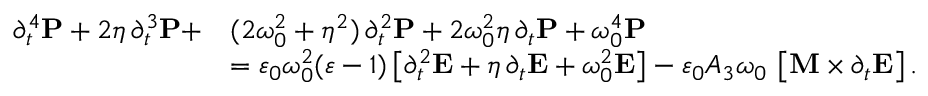
\begin{array} { r l } { \partial _ { t } ^ { 4 } \boldsymbol { \mathbf { P } } + 2 \eta \, \partial _ { t } ^ { 3 } \boldsymbol { \mathbf { P } } + } & { ( 2 \omega _ { 0 } ^ { 2 } + \eta ^ { 2 } ) \, \partial _ { t } ^ { 2 } \boldsymbol { \mathbf { P } } + 2 \omega _ { 0 } ^ { 2 } \eta \, \partial _ { t } \boldsymbol { \mathbf { P } } + \omega _ { 0 } ^ { 4 } \boldsymbol { \mathbf { P } } } \\ & { = \varepsilon _ { 0 } \omega _ { 0 } ^ { 2 } ( \varepsilon - 1 ) \left[ \partial _ { t } ^ { 2 } \boldsymbol { \mathbf { E } } + \eta \, \partial _ { t } \boldsymbol { \mathbf { E } } + \omega _ { 0 } ^ { 2 } \boldsymbol { \mathbf { E } } \right] - \varepsilon _ { 0 } A _ { 3 } \omega _ { 0 } \, \left[ \boldsymbol { \boldsymbol { \mathbf { M } } } \times \partial _ { t } \boldsymbol { \mathbf { E } } \right] . } \end{array}